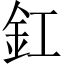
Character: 釭